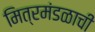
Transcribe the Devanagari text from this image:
मित्रमंडळाची